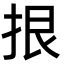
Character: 拫